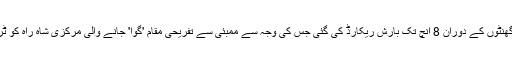
​ہفتے کے روز ممبئی میں 24 گھنٹوں کے دوران 8 انچ تک بارش ریکارڈ کی گئی جس کی وجہ سے ممبئی سے تفریحی مقام 'گوا' جانے والی مرکزی شاہ راہ کو ٹریفک کے لیے بند کردیا گیا تھا۔